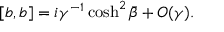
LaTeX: [ b , b ] = i \gamma ^ { - 1 } \cosh ^ { 2 } \bar { \beta } + O ( \gamma ) .